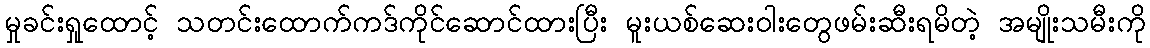
မှုခင်းရှုထောင့် သတင်းထောက်ကဒ်ကိုင်ဆောင်ထားပြီး မူးယစ်ဆေးဝါးတွေဖမ်းဆီးရမိတဲ့ အမျိုးသမီးကို